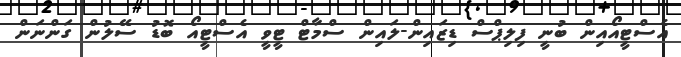
އެސްޓީއޯއިން ބުނީ ފިލިޕްސް ޑިޒައިން-ލައިން ސްމާޓް ޓީވީ އެސްޓީއޯ ބޮޑު ސޭލުން ގަންނަން